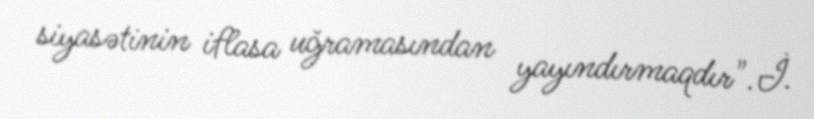
siyasətinin iflasa uğramasından yayındırmaqdır".İ.